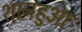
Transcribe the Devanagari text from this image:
शानहुआ